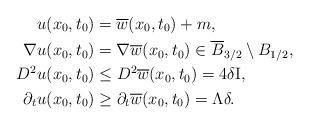
LaTeX: \begin{align*}u(x_0,t_0) &= \overline w(x_0,t_0)+m, \\\nabla u(x_0,t_0) &= \nabla \overline w(x_0,t_0) \in \overline B_{3/2} \setminus B_{1/2}, \\D^2 u(x_0,t_0) &\leq D^2 \overline w(x_0,t_0) = 4\delta \mathrm I, \\\partial_t u(x_0,t_0) &\geq \partial_t \overline w(x_0,t_0) = \Lambda \delta.\end{align*}